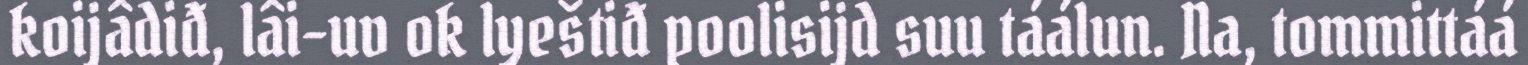
koijâdiđ, lâi-uv ok lyeštiđ poolisijd suu táálun. Na, tommittáá